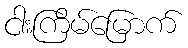
ငါးကြိမ်မြောက်